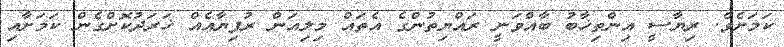
ކަމަށެވެ. ރިޔާސީ އިންތިޚާބު ބާއްވަނީ ރައްޔިތުންގެ އެތައް މިލިއަން ރުފިޔާއެއް ޚަރަދުކޮށްގެން ކަމަށާއި